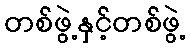
တစ်ဖွဲ့နှင့်တစ်ဖွဲ့